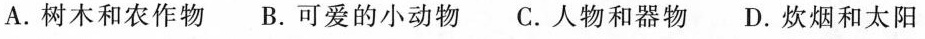
A.树木和农作物 B.可爱的小动物 C.人物和器物 D.炊烟和太阳